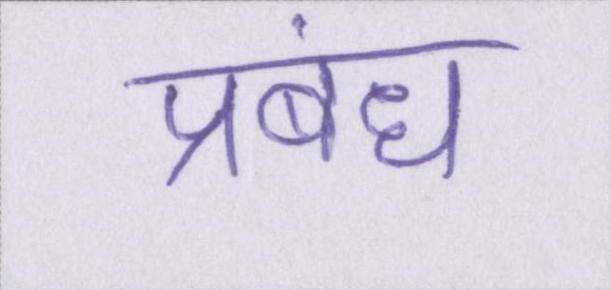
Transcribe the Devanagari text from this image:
प्रबंध